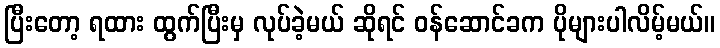
ပြီးတော့ ရထား ထွက်ပြီးမှ လုပ်ခဲ့မယ် ဆိုရင် ဝန်ဆောင်ခက ပိုများပါလိမ့်မယ်။